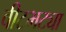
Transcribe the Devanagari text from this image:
वीटभट्या